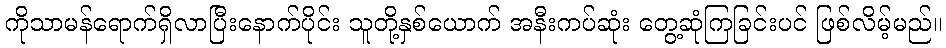
ကိုသာမန်ရောက်ရှိလာပြီးနောက်ပိုင်း သူတို့နှစ်ယောက် အနီးကပ်ဆုံး တွေ့ဆုံကြခြင်းပင် ဖြစ်လိမ့်မည်။